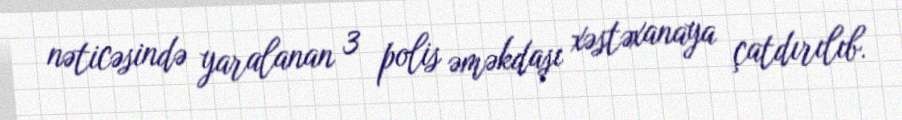
nəticəsində yaralanan 3 polis əməkdaşı xəstəxanaya çatdırılıb.